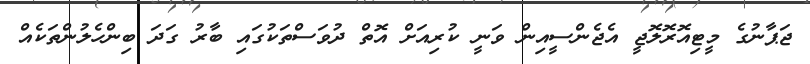
ޖަޕާނުގެ މީޓިއޮރޮލޮޖީ އެޖެންސީއިން ވަނީ ކުރިއަށް އޮތް ދުވަސްތަކުގައި ބާރު ގަދަ ބިންހެލުންތަކެއް